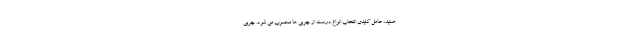
هستید، عامل کلیدی انتخاب انواع درست از چربی ها محسوب می شود. چربی